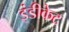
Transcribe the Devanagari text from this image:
इंडीकेट